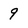
Character: 9